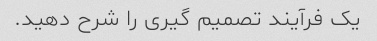
یک فرآیند تصمیم گیری را شرح دهید.